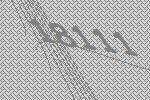
18111